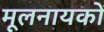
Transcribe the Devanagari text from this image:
मूलनायकों